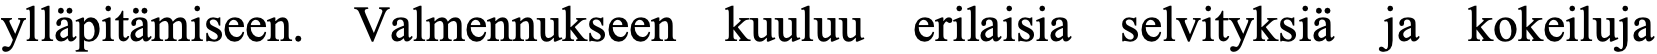
ylläpitämiseen. Valmennukseen kuuluu erilaisia selvityksiä ja kokeiluja